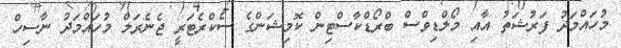
މުހައްމަދު ފަރުޝަތު އާއި މޯލްޑިވްސް ބްރޯޑްކާސްޓިން ކޮމިޝަންގެ ސެކްރެޓަރީ ޖެނެރަލް މުހައްމަދު ނާސިހް